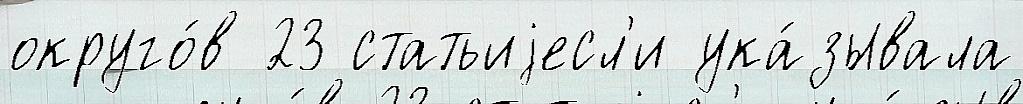
округо́в 23 статьиjесл'и ука́зывала